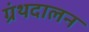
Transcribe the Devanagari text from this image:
ग्रंथदालन